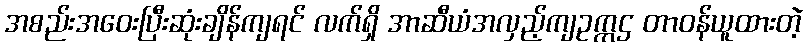
အစည်းအဝေးပြီးဆုံးချိန်ကျရင် လက်ရှိ အာဆီယံအလှည့်ကျဥက္ကဌ တာဝန်ယူထားတဲ့